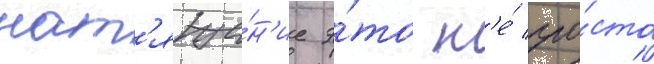
нат'яже́н'ие э́то н'е́ про́сто